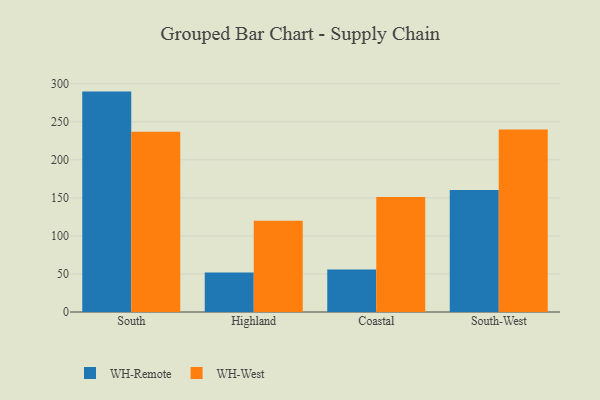
{"axis": {"x": "Region", "y": "Net Income (USD K)"}, "legend": ["WH-Remote", "WH-West"], "data": [{"x": "South", "y": 289.7, "type": "WH-Remote"}, {"x": "South", "y": 236.8, "type": "WH-West"}, {"x": "Highland", "y": 51.8, "type": "WH-Remote"}, {"x": "Highland", "y": 120.1, "type": "WH-West"}, {"x": "Coastal", "y": 55.9, "type": "WH-Remote"}, {"x": "Coastal", "y": 151.0, "type": "WH-West"}, {"x": "South-West", "y": 160.2, "type": "WH-Remote"}, {"x": "South-West", "y": 240.0, "type": "WH-West"}]}